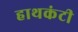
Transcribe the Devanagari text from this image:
हाथकंटी